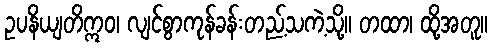
ဥပနိယျတိဣဝ၊ လျင်စွာကုန်ခန်းတည့်သကဲ့သို့။ တထာ၊ ထို့အတူ။